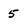
Character: 5